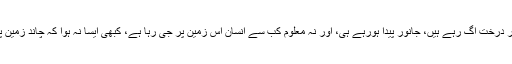
کروڑوں برس سے یہ کائنات یونہی قائم چلی آرہی ہے، لکھو کھا سال سے اس زمین پر درخت اگ رہے ہیں، جانور پیدا ہورہے ہی، اور نہ معلوم کب سے انسان اس زمین پر جی رہا ہے، کبھی ایسا نہ ہوا کہ چاند زمین پر گرجاتا یا زمین سورج سے ٹکراجاتی، کبھی رات اور دن کے حساب میں فرق نہ آیا۔